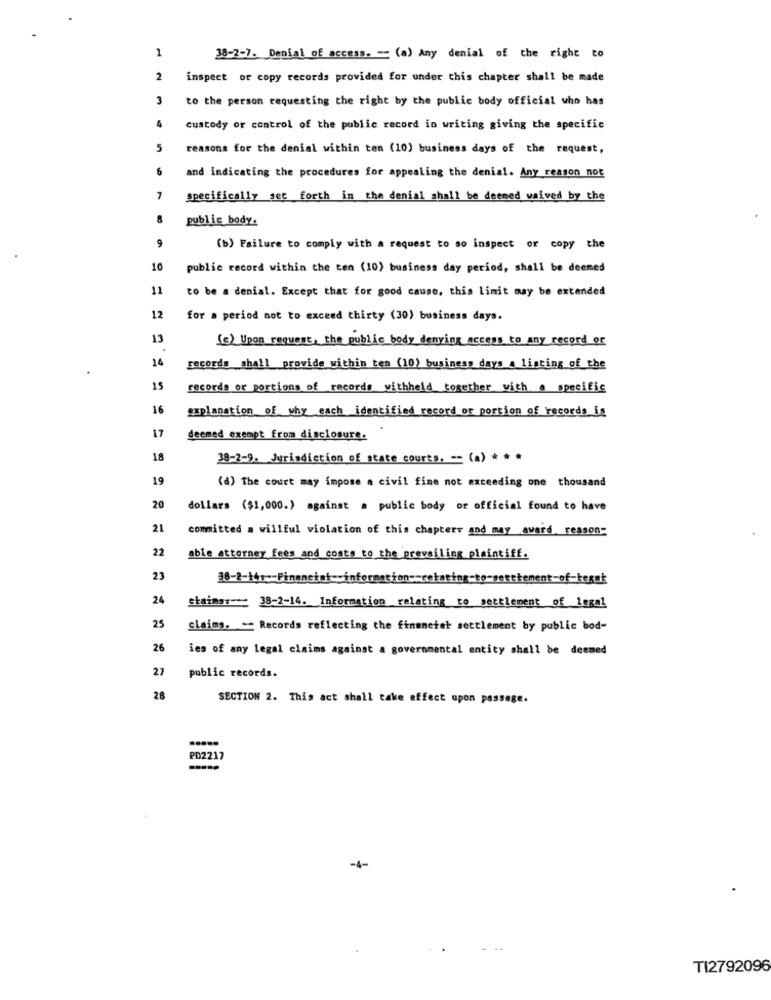
1
38-2-1. Denial of access. - (a) Any denial of the right to
2
inspect or copy records provided for under this chapter shall be made
3
to the person requesting the right by the public body official who has
4
custody or control of the public record in writing giving the specific
5
reasons for the denial within ten (10) business days of the request,
6
and indicating the procedures for appealing the denial. Any reason not
7
Specifically set forth in the denial shall be deemed waived by the
public body.
9
(b) Failure to comply with a request to so inspect or copy the
10
public record within the ten (10) business day period, shall be deemed
11
to be a denial. Except that for good cause, this Limit may be extended
12
for a period not to exceed thirty (30) business days.
13
(c) Upon request, the public body denying access to any record of
24
records shall provide within tem (10) business days a listing of the
15
records or portions of records withheld together with a specific
16
explanation of why each identified record or portion of records is
17
deemed exempt from disclosure.
18
38-2-9. Jurisdiction of state courts. == (a) * * *
19
(d) The court may impose a civil fine not exceeding one thousand
20
dollars ($1,000.) against a public body or official found to have
21
committed a willful violation of this chapters and may award reason
22
able attorney fees and costs to the prevailing plaintiff.
23
38-2-16 :-- Financiat -- information -= relating-to-setttement-of-tesst
24
chains :--: 38-2-14. Information relating to settlement of legal
25
claims. - Records reflecting the finaneiet settlement by public bod-
26
ies of any Legal claims against a governmental entity shall be deemed
27
public records.
28
SECTION 2. This act shall take effect upon passage.
.....
PD2217
-4-
TI2792096